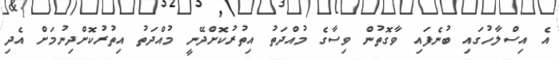
އެ އިސްލާހުގައި ބުނެފައި ވާގޮތުން ވިސާގެ މުއްދަތު އިތުރުކޮށްދޭނީ މުއްދަތު އިތުރުކޮށްދިނުމަށް އެދި